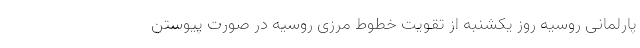
پارلمانی روسیه روز یکشنبه از تقویت خطوط مرزی روسیه در صورت پیوستن